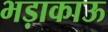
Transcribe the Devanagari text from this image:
भड़ाकाऊ